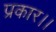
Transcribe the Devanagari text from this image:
प्रकार।।